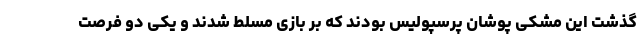
گذشت این مشکی پوشان پرسپولیس بودند که بر بازی مسلط شدند و یکی دو فرصت